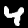
Digit: 4